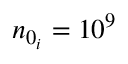
n _ { 0 _ { i } } = 1 0 ^ { 9 }